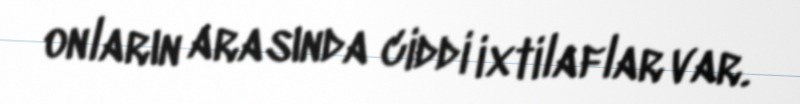
onların arasında ciddi ixtilaflar var.